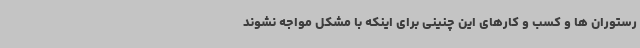
رستوران ها و کسب و کارهای این چنینی برای اینکه با مشکل مواجه نشوند